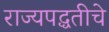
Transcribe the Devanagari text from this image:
राज्यपद्धतीचे